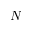
N